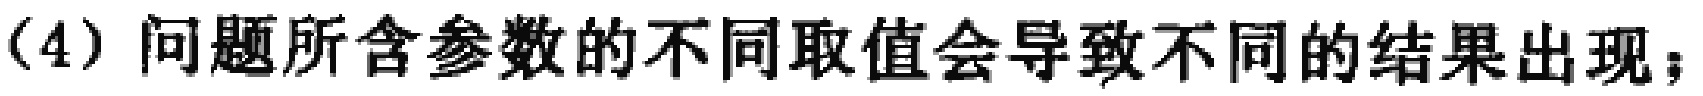
（4）问题所含参数的不同取值会导致不同的结果出现；